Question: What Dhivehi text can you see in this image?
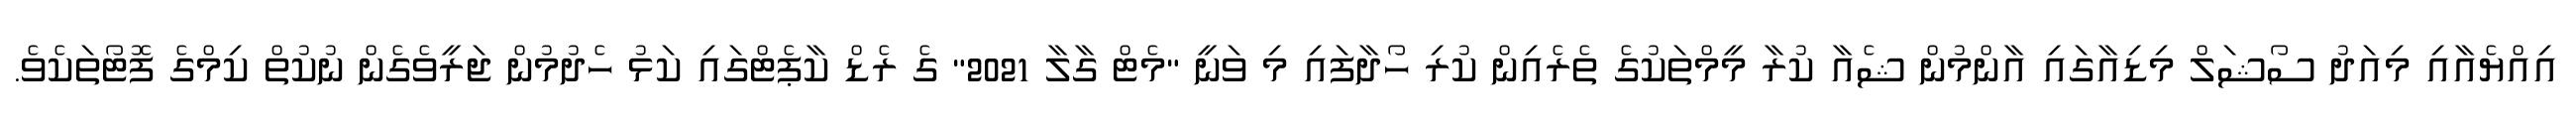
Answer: އިއްޔެއާއި މިއަދު ސޯޝަލް މިޑިއާގައި އާންމުން ޝެއާ ކުރާ މީމްތަކުގެ ތެރެއިން ކުރި ހޯދާފައި މި ވަނީ "މެޓް ގާލާ 2021" ގެ ރެޑް ކާޕެޓްގައި ކަޅު ހެދުމުން ޖަރީވެގެން ނުކުތް ކިމްގެ ފޮޓޯތަކެވެ.